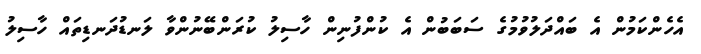
އެހެންކަމުން އެ ބައްދަލުވުމުގެ ސަބަބުން އެ ކުންފުނިން ހާސިލު ކުރަންބޭނުންވާ ލަނޑުދަނޑިތައް ހާސިލު